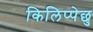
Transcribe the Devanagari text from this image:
किलिप्पेछु